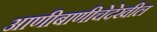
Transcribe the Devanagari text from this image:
आणीबाणीचेदेखील